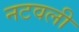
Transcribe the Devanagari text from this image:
नटवली